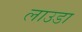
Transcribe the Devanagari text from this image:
लाउडा